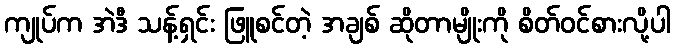
ကျုပ်က အဲဒီ သန့်ရှင်း ဖြူစင်တဲ့ အချစ် ဆိုတာမျိုးကို စိတ်ဝင်စားလို့ပါ